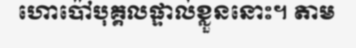
ហោប៉ៅបុគ្គលផ្ទាល់ខ្លួននោះ។ តាម